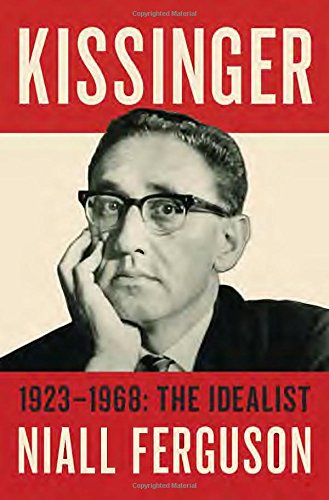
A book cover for Kissinger: 1923-1968: The Idealist; Niall Ferguson; Biographies & Memoirs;